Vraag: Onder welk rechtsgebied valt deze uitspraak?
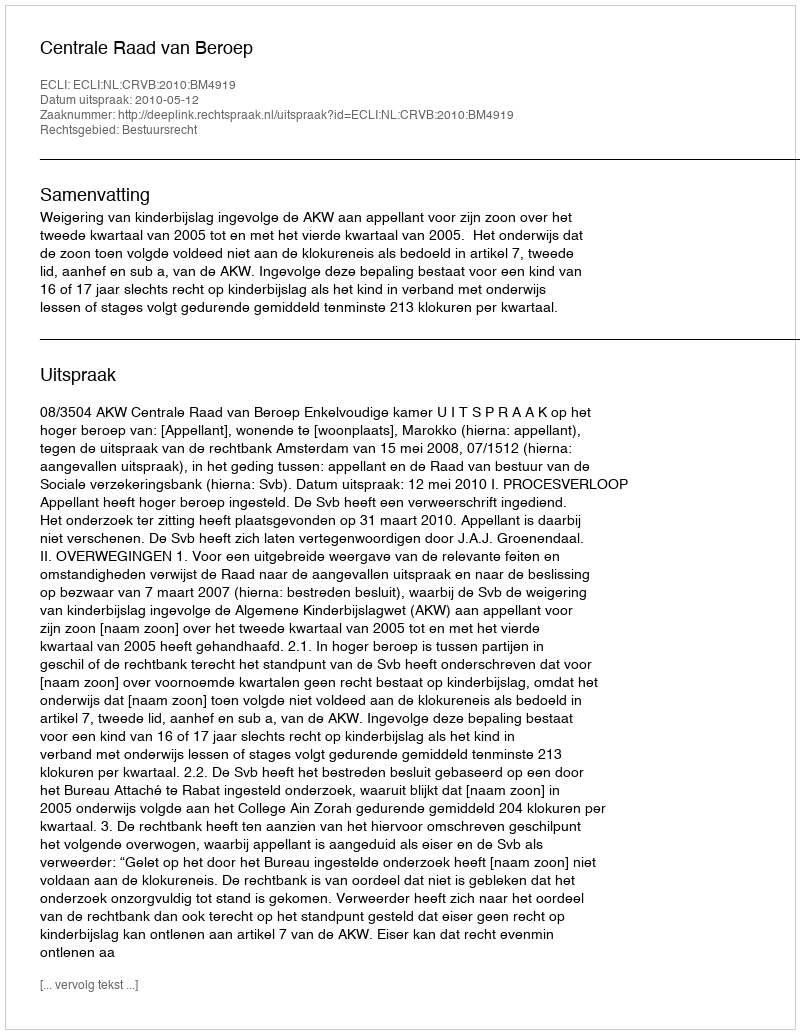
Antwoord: Bestuursrecht